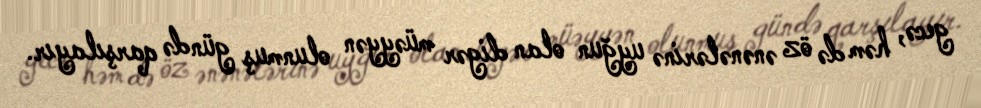
gecə, həm də öz ənənələrinə uyğun olan digər müəyyən olunmuş gündə qarşılayır.